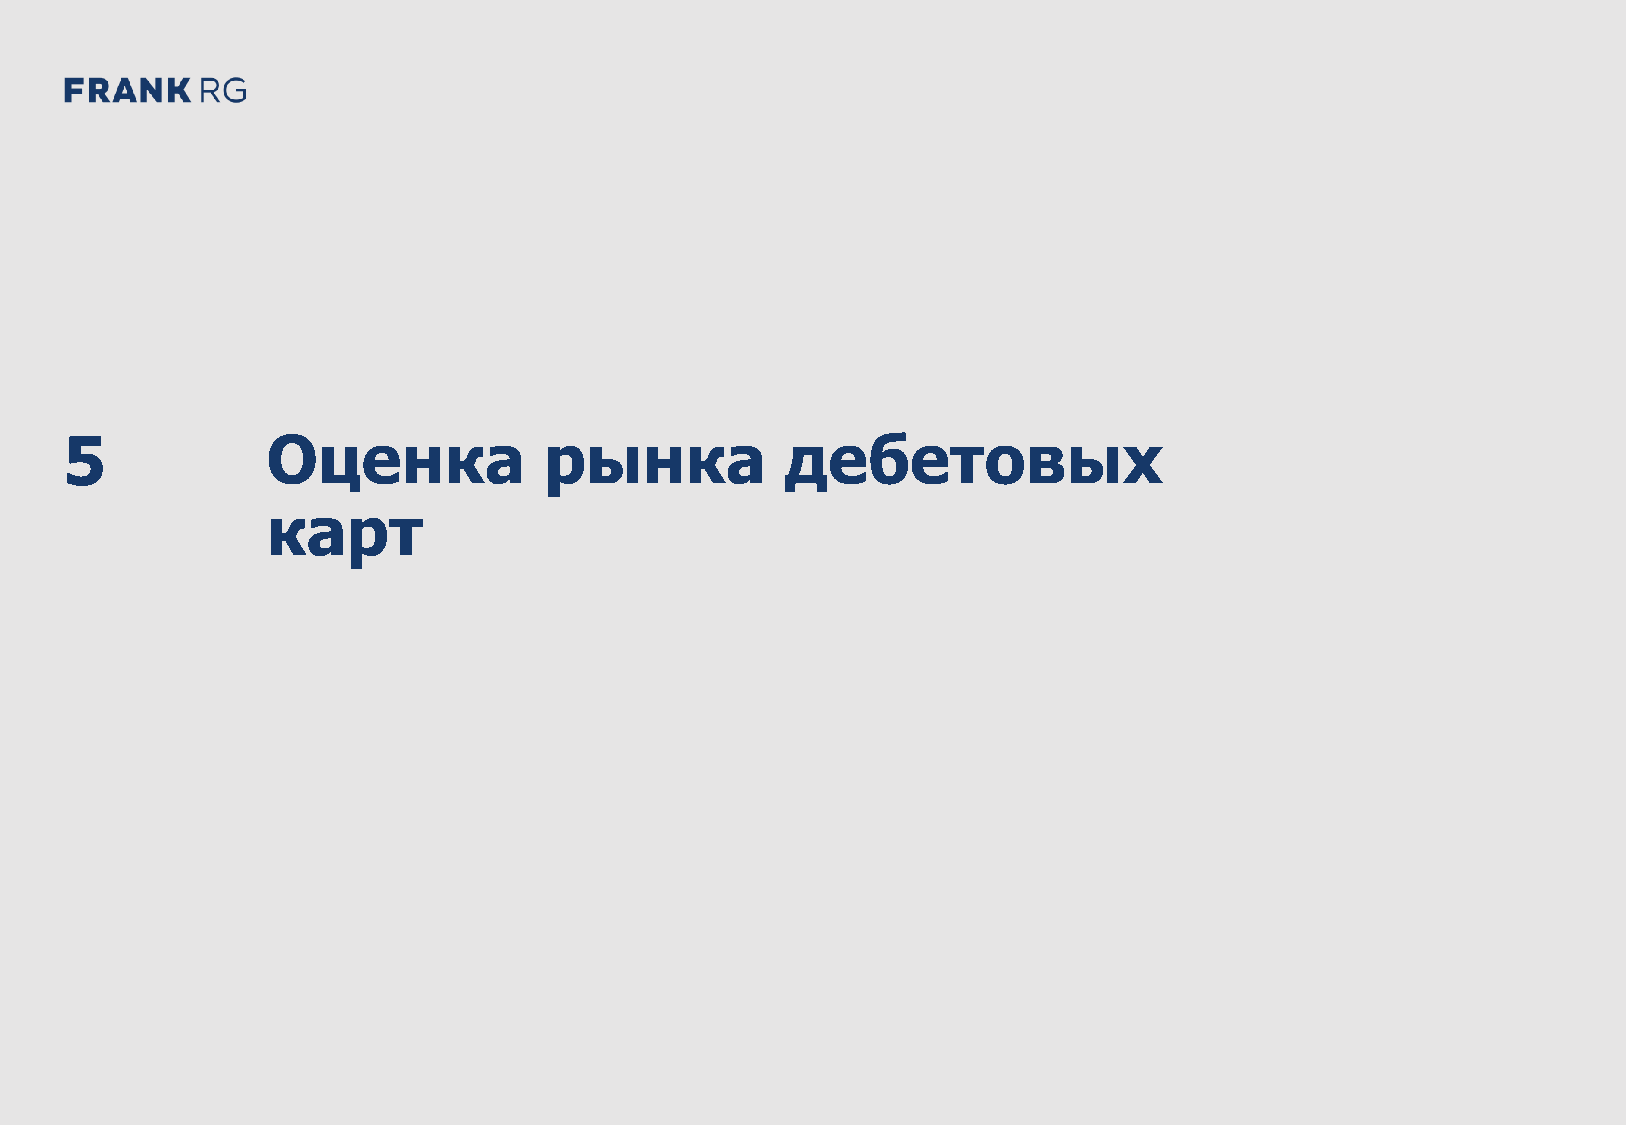
DEMO: Банковские дебетовые карты в России 2021 72
 5             Оценка            рынка           дебетовых
 карт
 O
 M
 E
 D
 1
 2
 C
 D
 G
 R
 F